Indian journal of veterinary science and animal husbandry - Volume 3,
Year: 1933
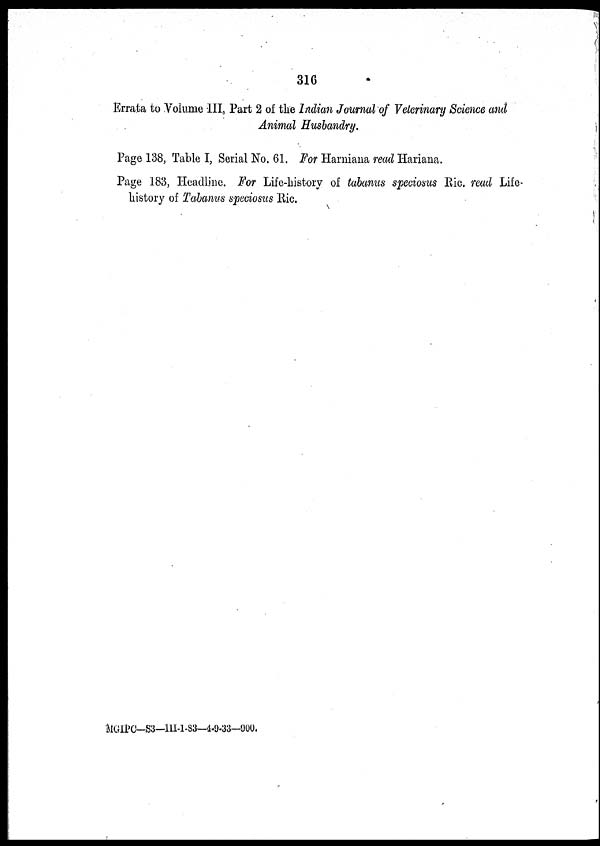
316
Errata to Volume III, Part 2 of the Indian Journal of Veterinary Science and
Animal Husbandry.
Page 138, Table I, Serial No. 61. For Harniana read Hariana.
Page 183, Headline. For Life-history of tabanus speciosus Ric. read Life-
history of Tabanus speciosus Ric.
MGIPC—S3—III-1-83—4-9-33—900.